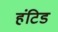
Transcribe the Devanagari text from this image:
हंटिड